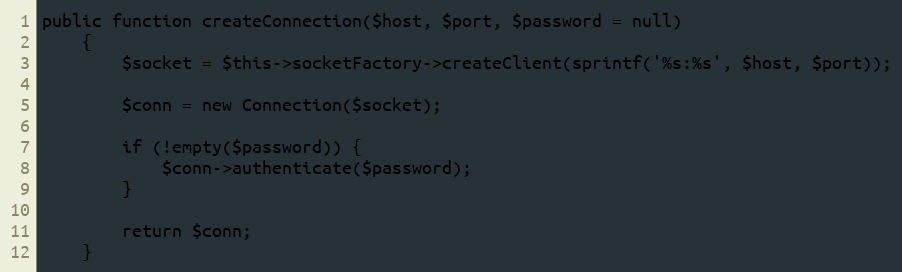
Language: PHP
public function createConnection($host, $port, $password = null)
    {
        $socket = $this->socketFactory->createClient(sprintf('%s:%s', $host, $port));

        $conn = new Connection($socket);

        if (!empty($password)) {
            $conn->authenticate($password);
        }

        return $conn;
    }